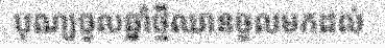
បុណ្យចូលឆ្នាំថ្មីឈានចូលមកដល់